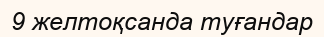
9 желтоқсанда туғандар